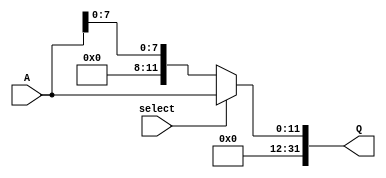
module Extender(
input [11:0] A,
input select,
output [31:0] Q

);

assign Q = select ? {20'b0,A} : {24'b0,A[7:0]};

endmodule